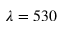
\lambda = 5 3 0